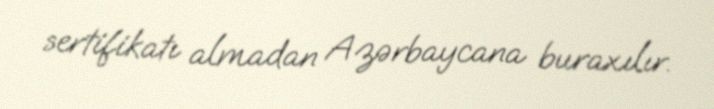
sertifikatı almadan Azərbaycana buraxılır.